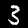
Label: 3